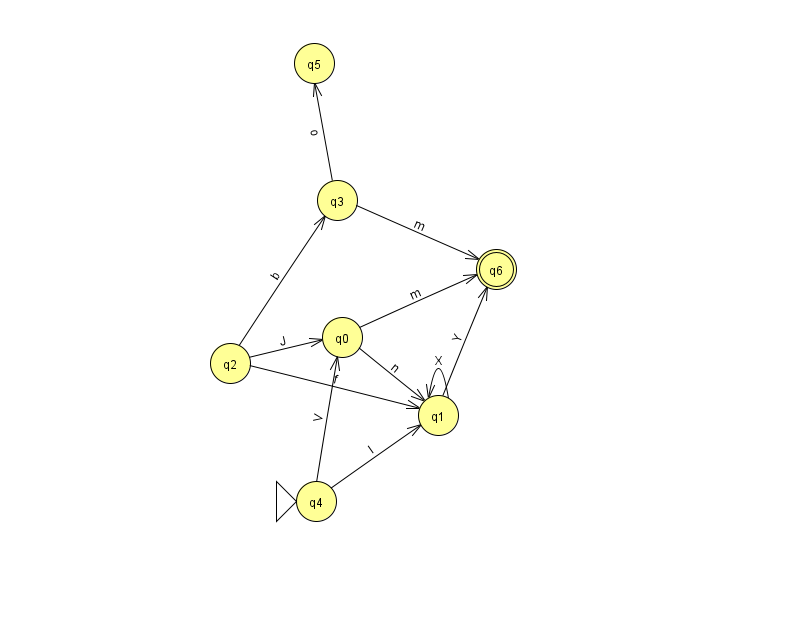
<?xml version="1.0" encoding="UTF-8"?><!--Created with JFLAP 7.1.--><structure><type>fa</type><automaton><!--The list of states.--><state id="0" name="q0"><x>342.0</x><y>324.0</y></state><state id="1" name="q1"><x>438.0</x><y>402.0</y></state><state id="2" name="q2"><x>230.0</x><y>350.0</y></state><state id="3" name="q3"><x>337.0</x><y>187.0</y></state><state id="4" name="q4"><x>316.0</x><y>488.0</y><initial/></state><state id="5" name="q5"><x>314.0</x><y>50.0</y></state><state id="6" name="q6"><x>496.0</x><y>256.0</y><final/></state><!--The list of transitions.--><transition><from>3</from><to>6</to><read>m</read></transition><transition><from>0</from><to>6</to><read>m</read></transition><transition><from>2</from><to>3</to><read>b</read></transition><transition><from>0</from><to>1</to><read>n</read></transition><transition><from>3</from><to>5</to><read>o</read></transition><transition><from>1</from><to>1</to><read>X</read></transition><transition><from>2</from><to>1</to><read>f</read></transition><transition><from>4</from><to>0</to><read>V</read></transition><transition><from>4</from><to>1</to><read>I</read></transition><transition><from>1</from><to>6</to><read>Y</read></transition><transition><from>2</from><to>0</to><read>J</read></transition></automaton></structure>